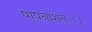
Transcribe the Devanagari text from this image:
पापनाशनः।।